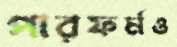
পারফর্মও